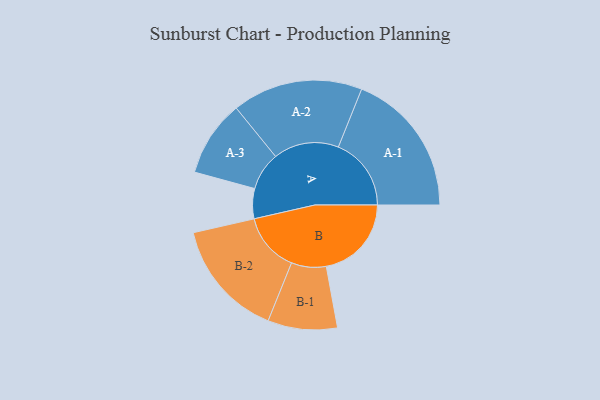
{"axis": {"x": "Segment", "y": "Value"}, "legend": ["", "A", "B"], "data": [{"x": "A", "y": 115, "type": ""}, {"x": "B", "y": 326, "type": ""}, {"x": "A-1", "y": 279, "type": "A"}, {"x": "A-2", "y": 250, "type": "A"}, {"x": "A-3", "y": 146, "type": "A"}, {"x": "B-1", "y": 133, "type": "B"}, {"x": "B-2", "y": 226, "type": "B"}]}